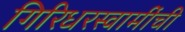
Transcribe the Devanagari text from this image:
गिरिधरस्वामींची